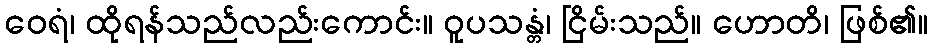
ဝေရံ၊ ထိုရန်သည်လည်းကောင်း။ ဝူပသန္တံ၊ ငြိမ်းသည်။ ဟောတိ၊ ဖြစ်၏။